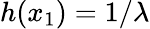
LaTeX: h(x_{1})=1/\lambda